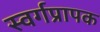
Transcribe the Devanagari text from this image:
स्वर्गप्रापक